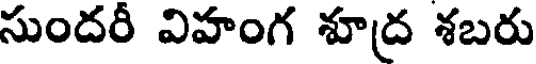
సుందరీ విహంగ శూద్ర శబరు